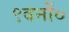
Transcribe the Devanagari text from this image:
९वनों०